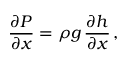
\frac { \partial P } { \partial x } = \rho g \, \frac { \partial h } { \partial x } \, ,